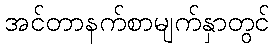
အင်တာနက်စာမျက်နှာတွင်